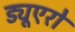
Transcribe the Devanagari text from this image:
ड्यूएरो